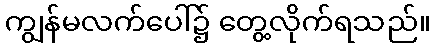
ကျွန်မလက်ပေါ်၌ တွေ့လိုက်ရသည်။